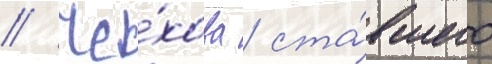
// Че́хова / ста́вшего